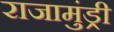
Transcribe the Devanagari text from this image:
राजामुंड्री